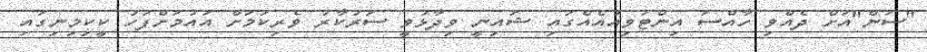
"ސަން"އަށް ދެއްވި ހާއްސަ އިންޓަވިއުއެއްގައި ޝައިނީ ވިދާޅުވީ ސަރުކާރު ވެރިކަމަށް އައުމަށްފަހު ކީކިމިނިގައި